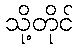
သို့တိုင်